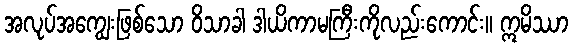
အလုပ်အကျွေးဖြစ်သော ဝိသာခါ ဒါယိကာမကြီးကိုလည်းကောင်း။ ဣမိဿာ